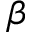
\beta